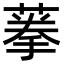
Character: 𦶸